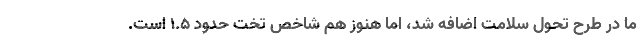
ما در طرح تحول سلامت اضافه شد، اما هنوز هم شاخص تخت حدود ۱.۵ است.